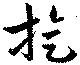
旋